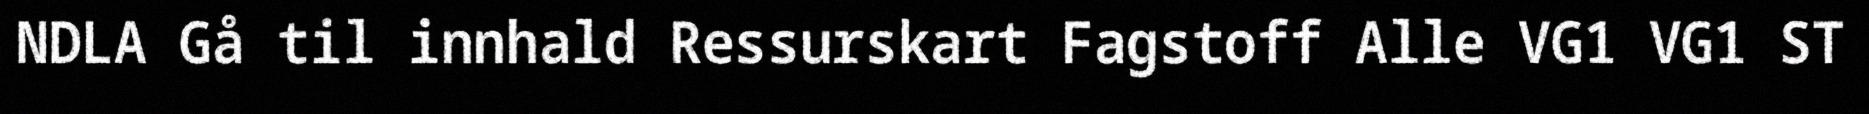
NDLA Gå til innhald Ressurskart Fagstoff Alle VG1 VG1 ST